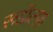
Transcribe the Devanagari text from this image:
रूडॉल्फ़